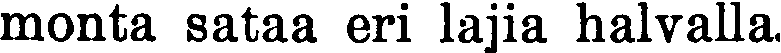
monta sataa eri lajia halvalla.